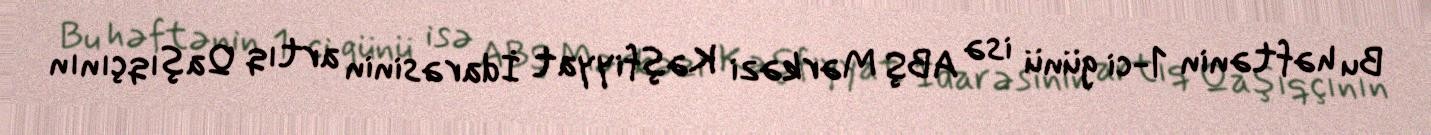
Bu həftənin 1-ci günü isə ABŞ Mərkəzi Kəşfiyyat İdarəsinin artıq Qaşıqçının